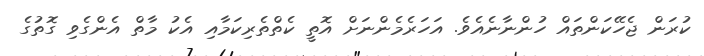
ކުރަން ޖެހޭކަންތައް ހުންނާނެއެވެ. އަހަރެމެންނަށް އޮތީ ކެތްތެރިކަމާއި އެކު މާތް އެންގެވި ގޮތުގެ